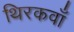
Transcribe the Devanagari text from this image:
थिरकवाँ